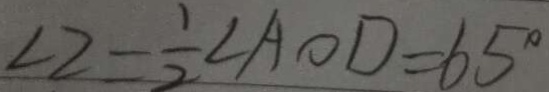
\angle 2 = \frac { 1 } { 2 } \angle A O D = 6 5 ^ { \circ }